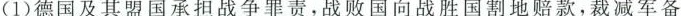
(1)德国及其盟国承担战争罪责，战败国向战胜国割地赔款，裁减军备，